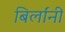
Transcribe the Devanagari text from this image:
बिर्लांनी